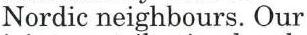
Nordic neighbours. Our